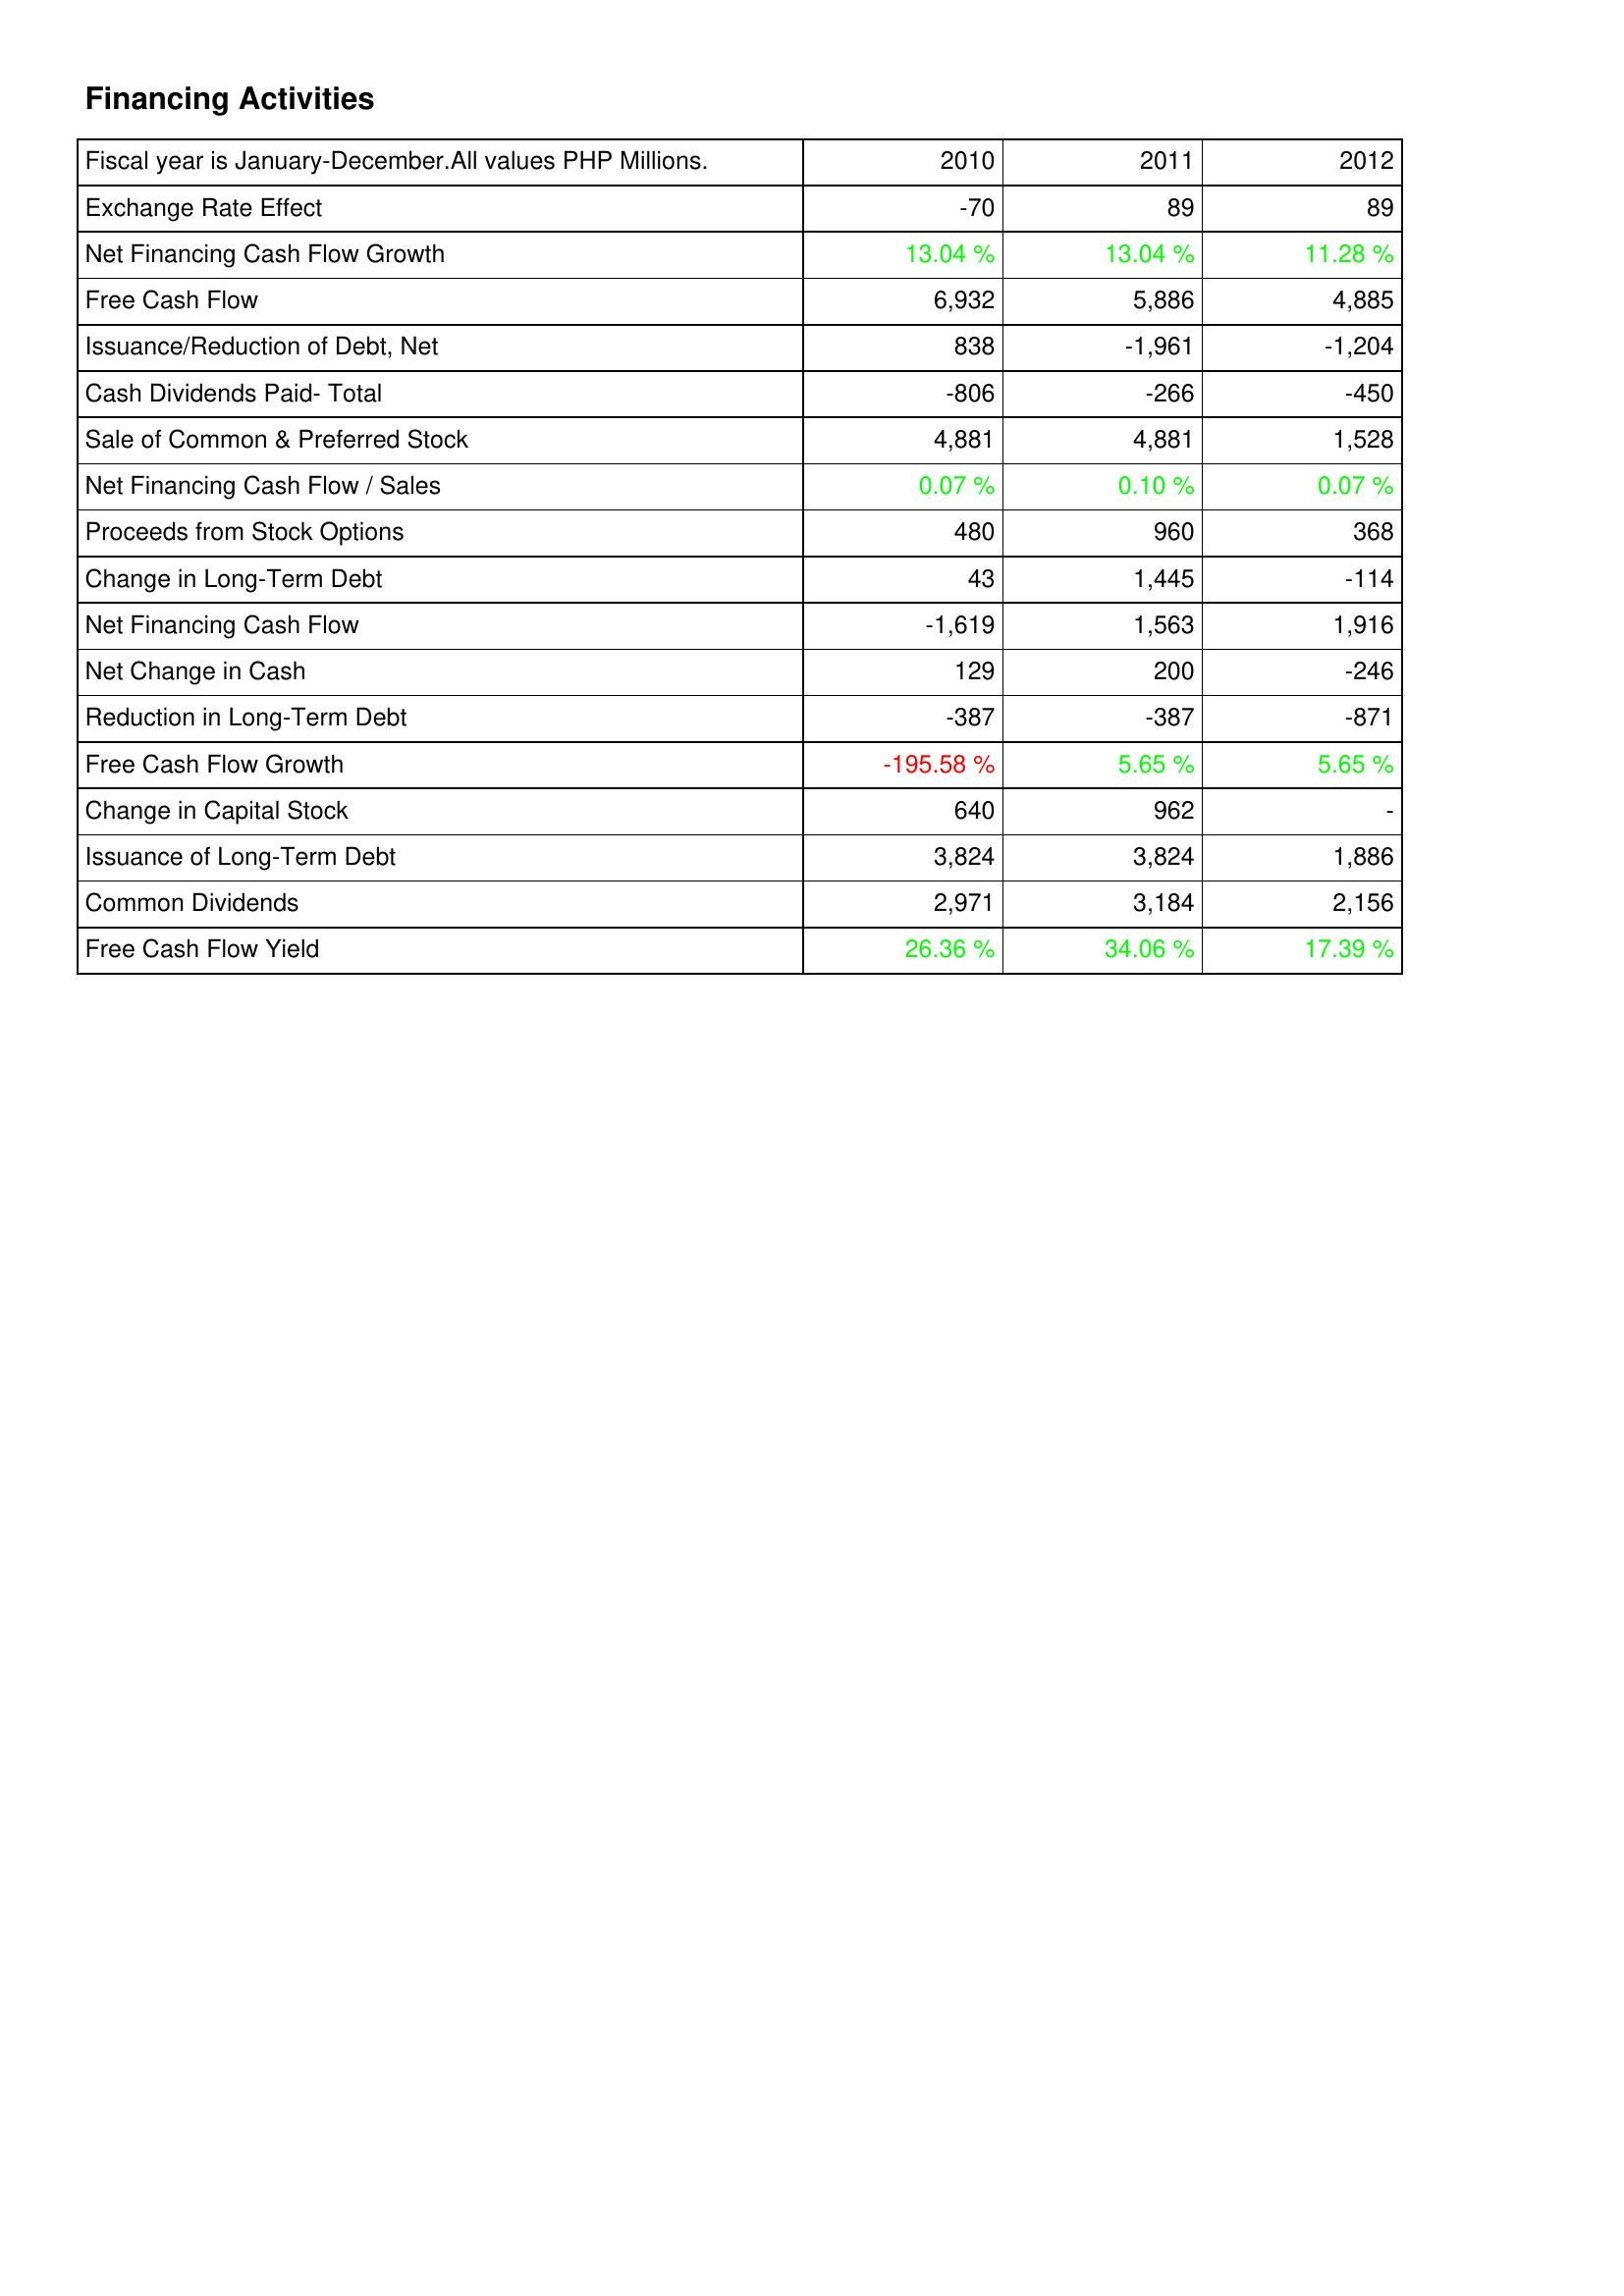
2010: Financing Activities: Exchange Rate Effect: -70
Net Financing Cash Flow Growth: 13.04 %
Free Cash Flow: 6,932
Issuance/Reduction of Debt, Net: 838
Cash Dividends Paid- Total: -806
Sale of Common & Preferred Stock: 4,881
Net Financing Cash Flow / Sales: 0.07 %
Proceeds from Stock Options: 480
Change in Long-Term Debt: 43
Net Financing Cash Flow: -1,619
Net Change in Cash: 129
Reduction in Long-Term Debt: -387
Free Cash Flow Growth: -195.58 %
Change in Capital Stock: 640
Issuance of Long-Term Debt: 3,824
Common Dividends: 2,971
Free Cash Flow Yield: 26.36 %
2011: Financing Activities: Exchange Rate Effect: 89
Net Financing Cash Flow Growth: 13.04 %
Free Cash Flow: 5,886
Issuance/Reduction of Debt, Net: -1,961
Cash Dividends Paid- Total: -266
Sale of Common & Preferred Stock: 4,881
Net Financing Cash Flow / Sales: 0.10 %
Proceeds from Stock Options: 960
Change in Long-Term Debt: 1,445
Net Financing Cash Flow: 1,563
Net Change in Cash: 200
Reduction in Long-Term Debt: -387
Free Cash Flow Growth: 5.65 %
Change in Capital Stock: 962
Issuance of Long-Term Debt: 3,824
Common Dividends: 3,184
Free Cash Flow Yield: 34.06 %
2012: Financing Activities: Exchange Rate Effect: 89
Net Financing Cash Flow Growth: 11.28 %
Free Cash Flow: 4,885
Issuance/Reduction of Debt, Net: -1,204
Cash Dividends Paid- Total: -450
Sale of Common & Preferred Stock: 1,528
Net Financing Cash Flow / Sales: 0.07 %
Proceeds from Stock Options: 368
Change in Long-Term Debt: -114
Net Financing Cash Flow: 1,916
Net Change in Cash: -246
Reduction in Long-Term Debt: -871
Free Cash Flow Growth: 5.65 %
Change in Capital Stock: -
Issuance of Long-Term Debt: 1,886
Common Dividends: 2,156
Free Cash Flow Yield: 17.39 %